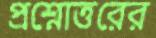
প্রশ্নোত্তরের